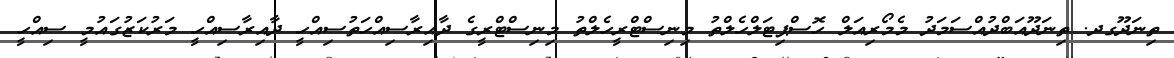
ތިނަދޫގދ. ތިނަދޫއަބްދުއްސަމަދު މެމޯރިއަލް ހޮސްޕިޓަލްހެލްތު މިނިސްޓްރީހެލްތު މިނިސްޓްރީގެ ދާއިރާސިއްހަތުސިއްހީ ދާއިރާސިއްހީ މަރުކަޒުގައުމީ ސިއްހީ